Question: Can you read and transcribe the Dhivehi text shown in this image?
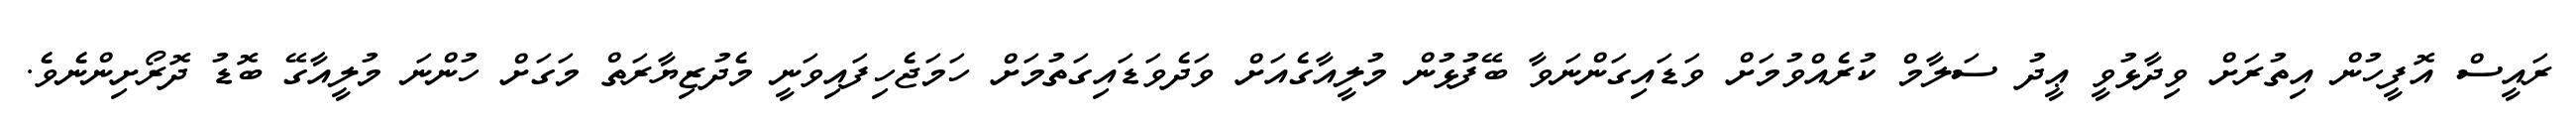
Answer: ރައީސް އޮފީހުން އިތުރަށް ވިދާޅުވީ ޢީދު ސަލާމް ކުރެއްވުމަށް ވަޑައިގަންނަވާ ބޭފުޅުން މުލީއާގެއަށް ވަދެވަޑައިގަތުމަށް ހަމަޖެހިފައިވަނީ މެދުޒިޔާރަތް މަގަށް ހުންނަ މުލީއާގޭ ބޮޑު ދޮރޯށިންނެވެ.